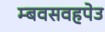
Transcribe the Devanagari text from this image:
म्बवसवहपेउ